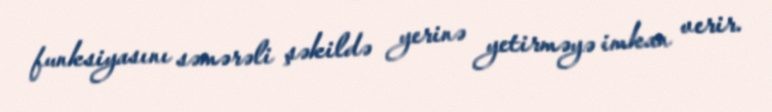
funksiyasını səmərəli şəkildə yerinə yetirməyə imkan verir.